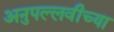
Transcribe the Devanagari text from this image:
अनुपल्लवीच्या